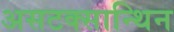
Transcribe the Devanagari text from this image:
असटक्सान्थिन